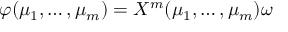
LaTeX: \varphi ( \mu _ { 1 } , \ldots , \mu _ { m } ) = X ^ { m } ( \mu _ { 1 } , \ldots , \mu _ { m } ) \omega